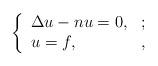
LaTeX: \begin{align*} \left\{ \begin{array}{ll} \Delta u-nu=0, & ; \\ u=f, &, \end{array}\right.\end{align*}